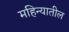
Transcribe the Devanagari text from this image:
महिन्‍यातील